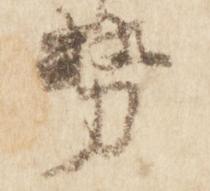
勢